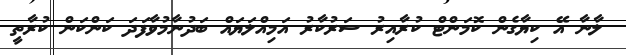
ލާނާ އޭ ކިޔާގެން ކޮމަންޓް ކުރާއިރު ސަރުކާރު އަމިއްލަޔައް ބަދުނާމުވާފަދަ ކަންކަން ކުރާތީ